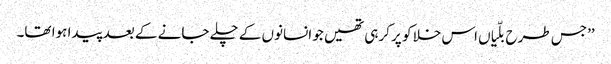
’’جس طرح بلّیاں اس خلا کو پر کرہی تھیں جو انسانوں کے چلے جانے کے بعد پیدا ہوا تھا۔